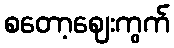
စတော့ဈေးကွက်